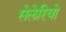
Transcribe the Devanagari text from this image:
सेलेरियो